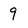
Character: 9